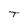
Character: T